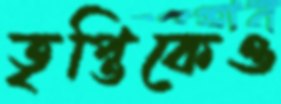
তৃপ্তিকেও